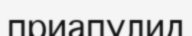
приапулид